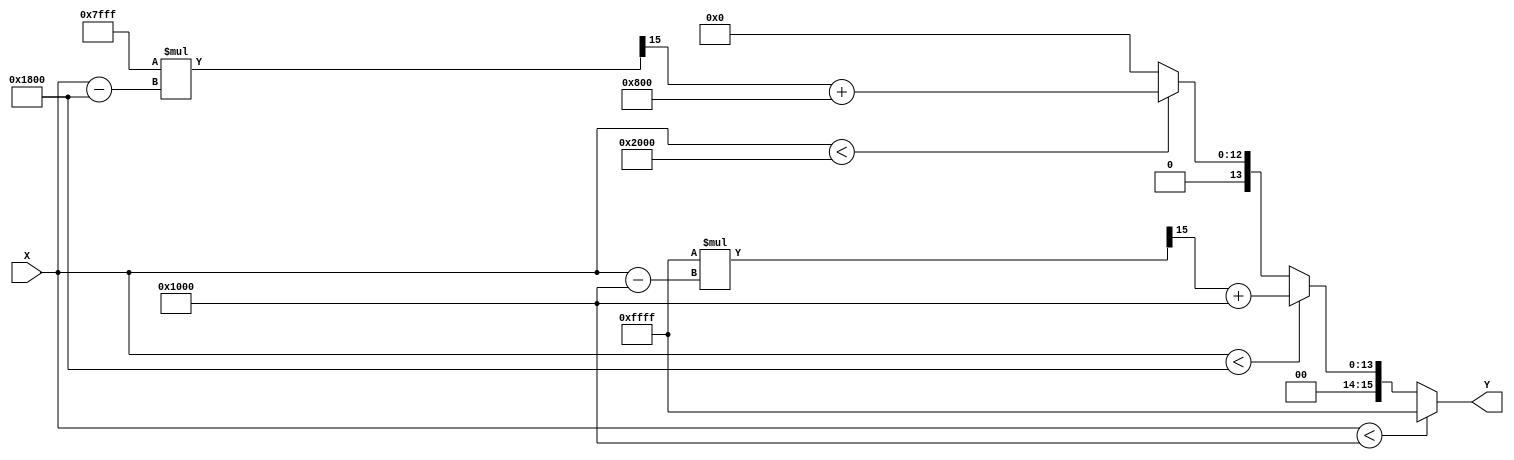
module PLA_Reciprocal (
    input  [15:0] X,          // Input value (fixed-point; e.g., 0 to 2^1)
    output reg [15:0] Y       // Output value (reciprocal in fixed-point)
);

    // Define breakpoints and corresponding linear coefficients
    // Example for range [1.0, 2.0] with breakpoints at 1.0, 1.5, and 2.0
    parameter BREAKPOINT_1 = 16'h1000; // 1.0 in fixed-point
    parameter BREAKPOINT_2 = 16'h1800; // 1.5 in fixed-point
    parameter BREAKPOINT_3 = 16'h2000; // 2.0 in fixed-point

    // Coefficients for the linear segments
    // Segment 1: [1.0, 1.5]
    parameter M1 = 16'hFFFF; // Slope (reciprocal approximation)
    parameter B1 = 16'h1000; // Intercept (approximate value)

    // Segment 2: [1.5, 2.0]
    parameter M2 = 16'h7FFF; // Slope
    parameter B2 = 16'h800;  // Intercept

    always @(*) begin
        // Initialize output
        Y = 16'h0000;

        // Normalization and segmentation
        if (X < BREAKPOINT_1) begin
            // Input is too small for the defined range
            Y = 16'hFFFF; // Return maximum or error value
        end
        else if (X < BREAKPOINT_2) begin
            // Segment 1: [1.0, 1.5]
            Y = (M1 * (X - BREAKPOINT_1) >> 15) + B1; // Linear interpolation
        end
        else if (X < BREAKPOINT_3) begin
            // Segment 2: [1.5, 2.0]
            Y = (M2 * (X - BREAKPOINT_2) >> 15) + B2; // Linear interpolation
        end
        else begin
            // Input exceeds defined range
            Y = 16'h0000; // Return minimum or error value
        end
    end
endmodule